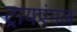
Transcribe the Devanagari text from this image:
ट्रायएंगल